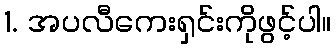
1. အပလီကေးရှင်းကိုဖွင့်ပါ။